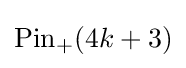
\mathrm {Pin} _{+}(4k+3)